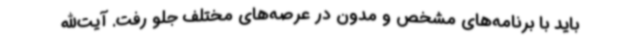
باید با برنامه‌های مشخص و مدون در عرصه‌های مختلف جلو رفت. آیت‌الله